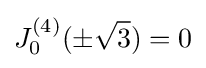
J_{0}^{(4)}(\pm {\sqrt {3}})=0